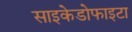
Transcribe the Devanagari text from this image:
साइकेडोफाइटा